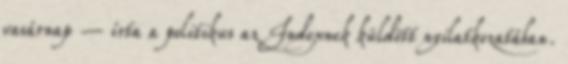
vasárnap – írta a politikus az Indexnek küldött nyilatkozatában.